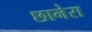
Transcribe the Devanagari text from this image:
छानेरा